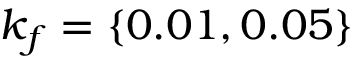
k _ { f } = \{ 0 . 0 1 , 0 . 0 5 \}